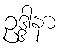
ဥဒ္ဒါနာ